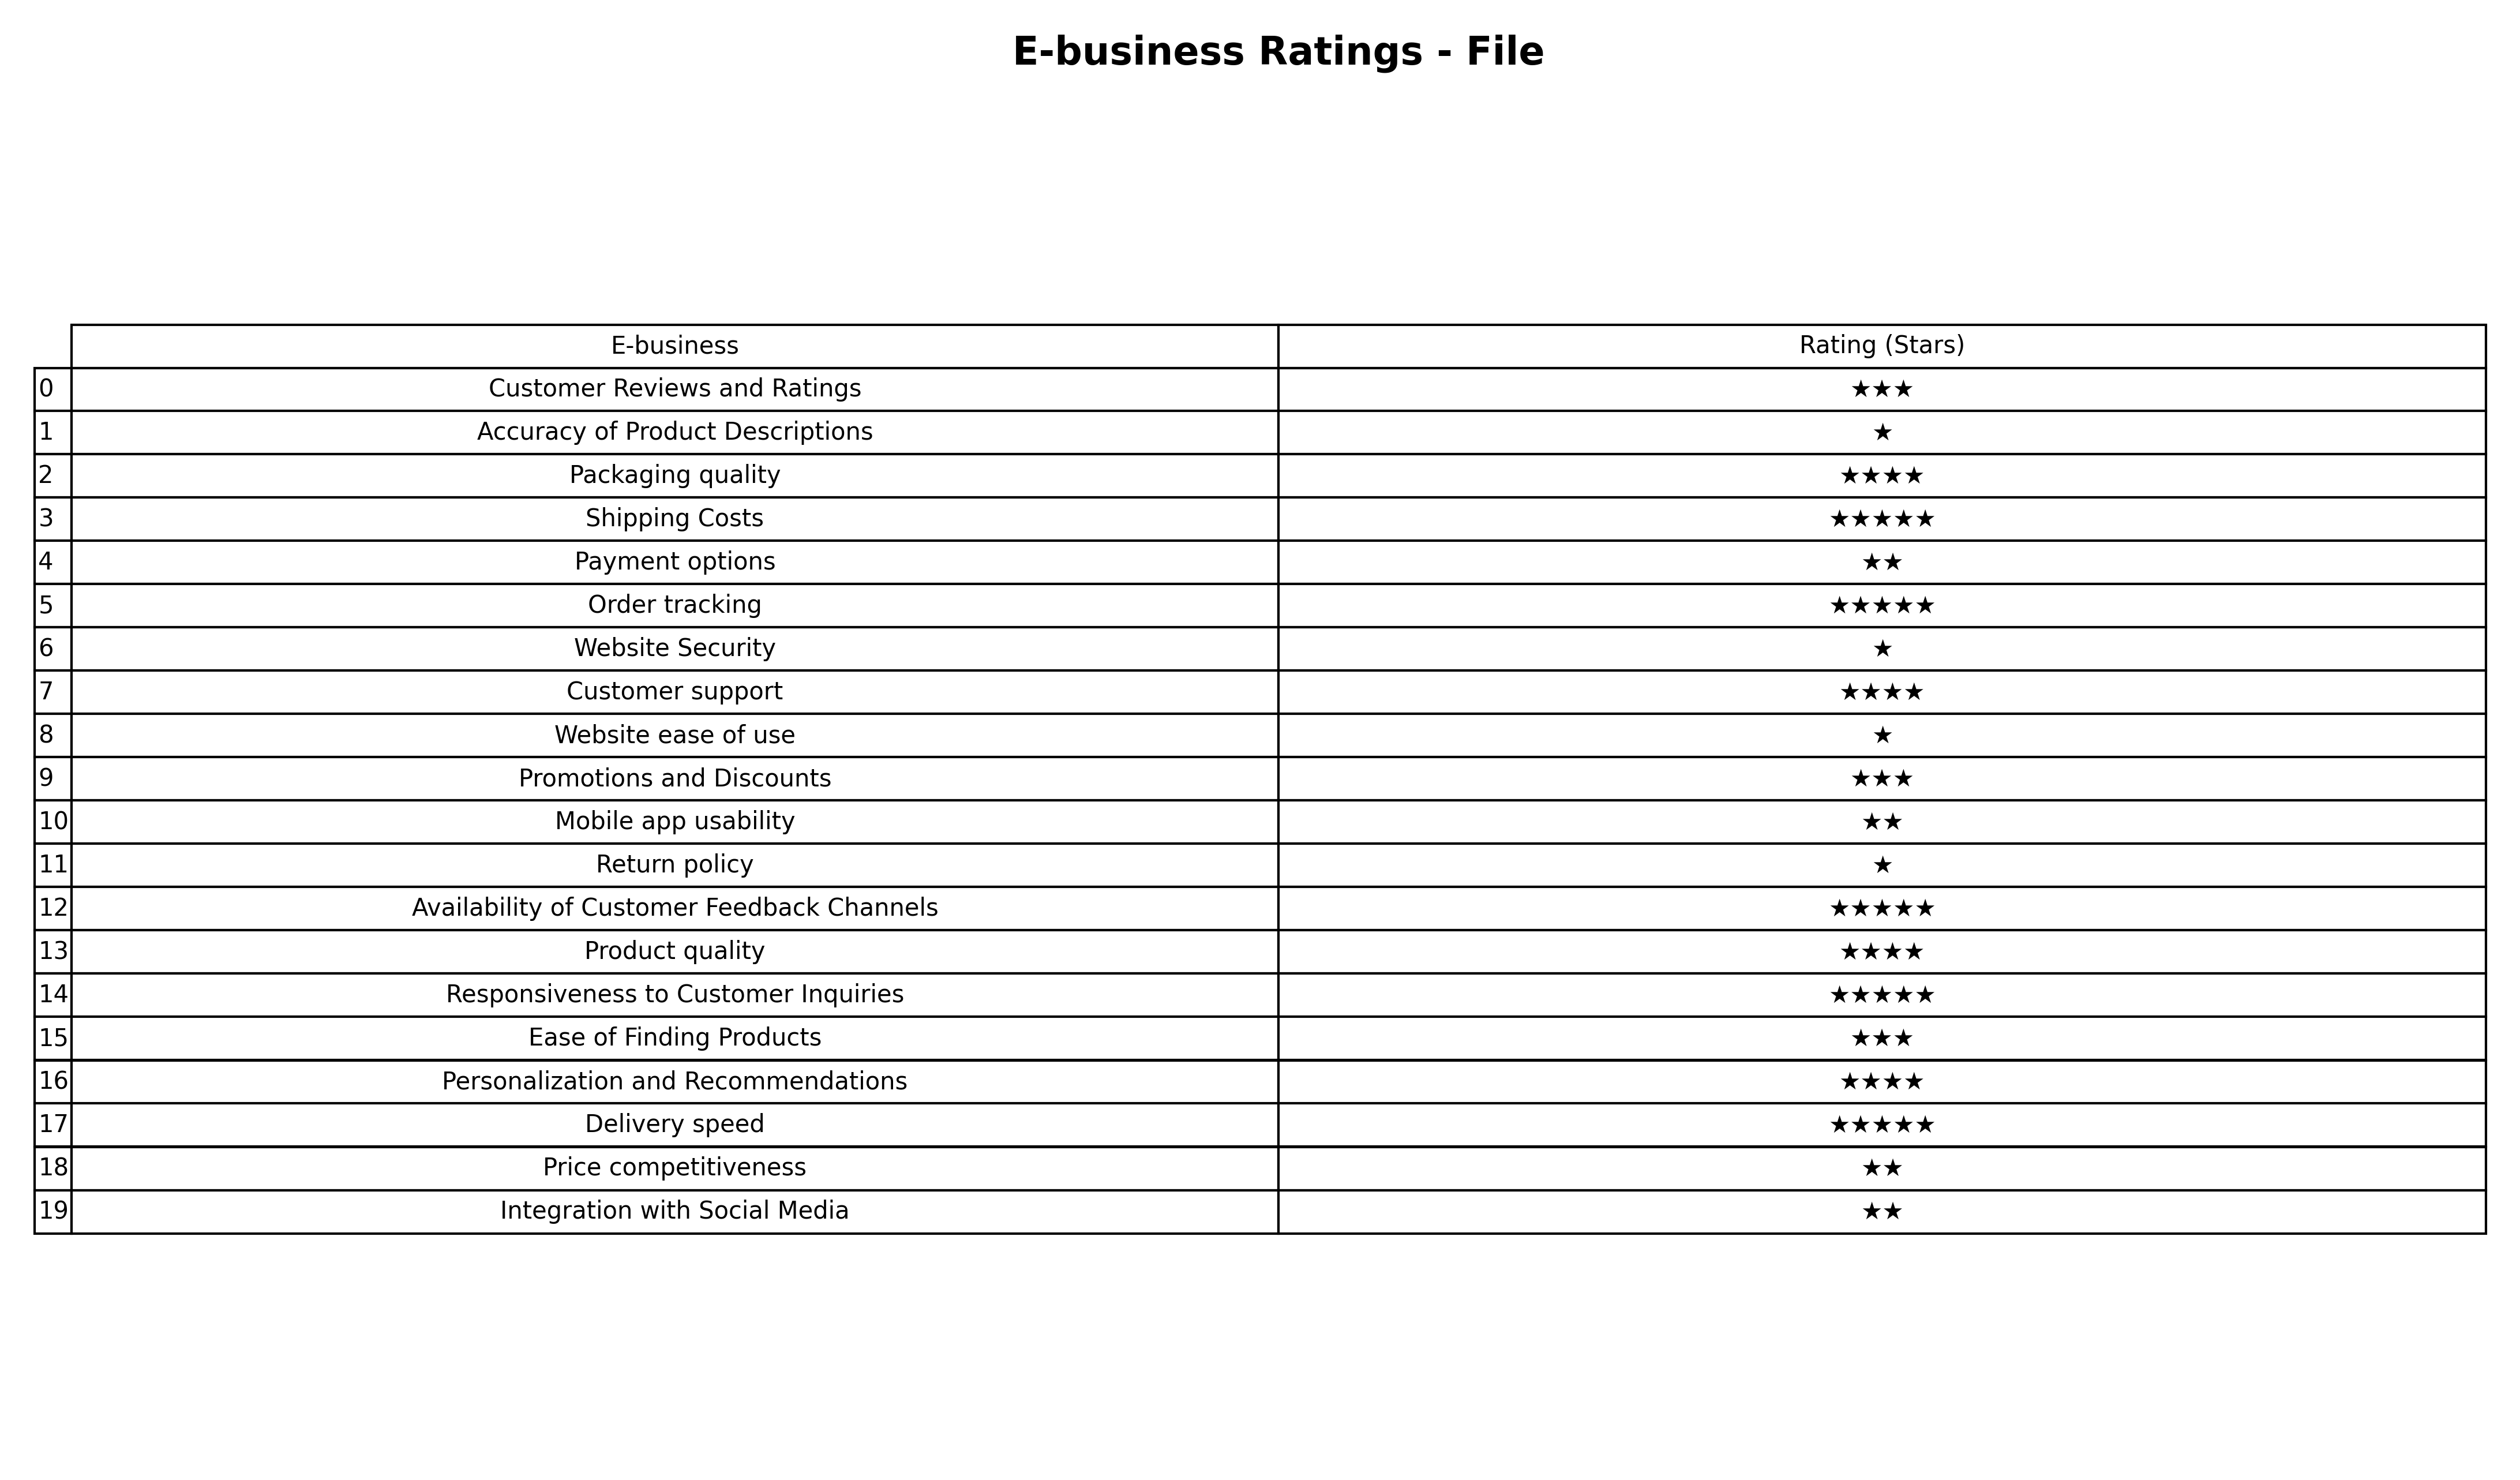
question: What is the rating of Customer support?
answer: ★★★★